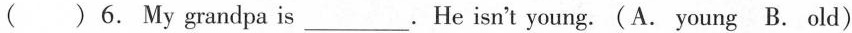
( )6. My grandpa is___. He isn't young. (A. young B. old)